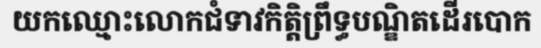
យកឈ្មោះលោកជំទាវកិត្តិព្រឹទ្ធបណ្ឌិតដើរបោក